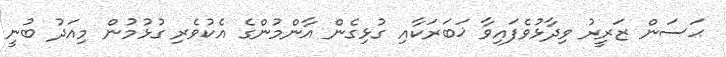
ޙަސަން ޒަރީރު ވިދާޅުވެފައިވާ ޚަބަރަކާއި ގުޅިގެން އާންމުންގެ އެކުވެރި ގުޅުމުން މިއަދު ބުނީ